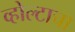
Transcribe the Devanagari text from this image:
व्होल्टाचा